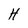
Character: H